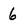
Character: 6